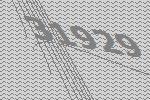
31929